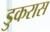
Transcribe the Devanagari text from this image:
डुकरास